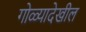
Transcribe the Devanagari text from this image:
गोळ्यादेखील